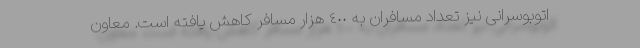
اتوبوسرانی نیز تعداد مسافران به ٤٠٠ هزار مسافر کاهش یافته است. معاون